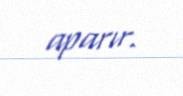
aparır.